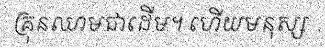
គ្រុនឈាមជាដើម។ ហើយមនុស្ស